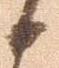
候